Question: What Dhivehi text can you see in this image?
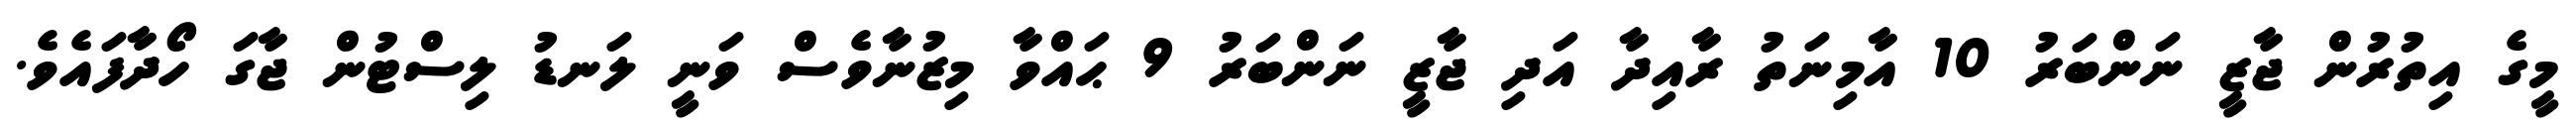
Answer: މީގެ އިތުރުން ޖާޒީ ނަންބަރު 10 އާމިނަތު ރާއިދާ އަދި ޖާޒީ ނަންބަރު 9 ޙައްވާ މިޒުނާވެސް ވަނީ ލަނޑު ލިސްޓުން ޖާގަ ހޯދާފައެވެ.